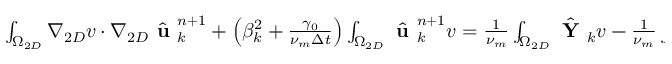
\begin{array} { r l } { \small } & { { } \int _ { \Omega _ { 2 D } } \nabla _ { 2 D } v \cdot \nabla _ { 2 D } \hat { \textbf { u } } _ { k } ^ { n + 1 } + \left( \beta _ { k } ^ { 2 } + \frac { \gamma _ { 0 } } { \nu _ { m } \Delta t } \right) \int _ { \Omega _ { 2 D } } \hat { \textbf { u } } _ { k } ^ { n + 1 } v = \frac { 1 } { \nu _ { m } } \int _ { \Omega _ { 2 D } } \hat { \textbf { Y } } _ { k } v - \frac { 1 } { \nu _ { m } } \int _ { \Omega _ { 2 D } } \hat { \textbf { K } } _ { k } \times \nabla v } \end{array}